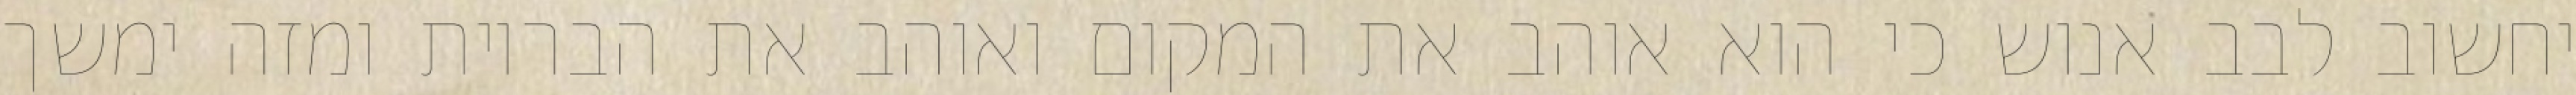
יחשוב לבב אנוש כי הוא אוהב את המקום ואוהב את הבריות ומזה ימשך